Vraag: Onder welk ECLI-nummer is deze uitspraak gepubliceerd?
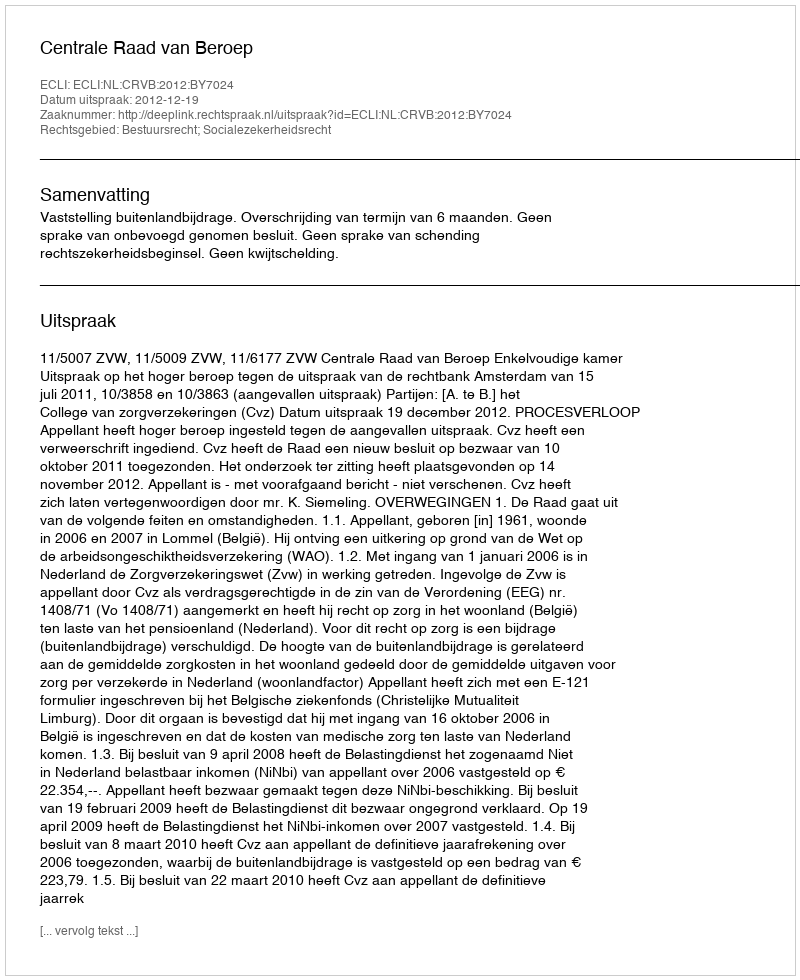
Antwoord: ECLI:NL:CRVB:2012:BY7024